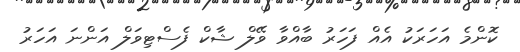
ކޮންމެ އަހަރަކު އެއް ފަހަރު ބާއްވާ ވޭލް ޝާކް ފެސްޓިވަލް އަންނަ އަހަރު